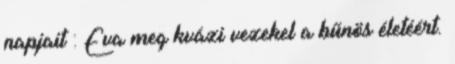
napjait : Eva meg kvázi vezekel a bűnös életéért.